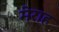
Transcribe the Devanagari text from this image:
मेराह